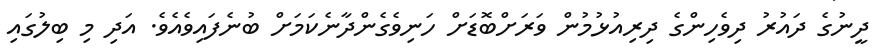
ދީނުގެ ދައުރު ދިވެހިންގެ ދިރިއުޅުމުން ވަރަށްބޮޑަށް ހަނިވެގެންދާނެކަމަށް ބުނެފައިވެއެވެ. އަދި މި ބިލުގައި